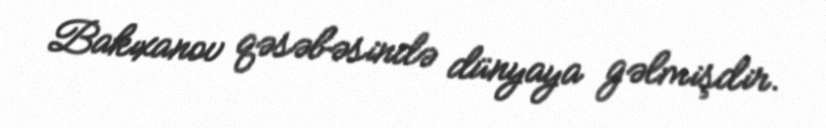
Bakıxanov qəsəbəsində dünyaya gəlmişdir.